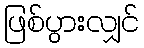
ဖြစ်ပွားလျှင်